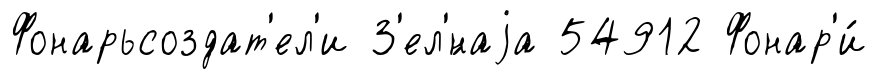
Фонарьсоздат'ел'и З'ел'́наjа 54912 Фонар'и́